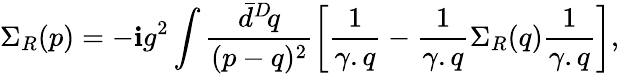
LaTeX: \Sigma_{R}(p)=-\mathbf{i}g^{2}\int\frac{{\bar{{d}}^{D}\! q}}{{(p-q)^{2}}}\left[\frac{{1}}{{\gamma.q}}-\frac{{1}}{{\gamma.q}}\Sigma_{R}(q)\frac{{1}}{{\gamma.q}}\right],